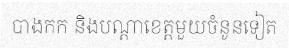
បាងកក និងបណ្តាខេត្តមួយចំនូនទៀត